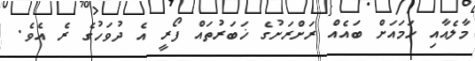
މާލެއާއި ހަމައަށް ބައެއް ރަށްރަށުގެ ޚަބަރުތައް ފޯރީ އެ ދުވަހުގެ ރެ އެވެ.